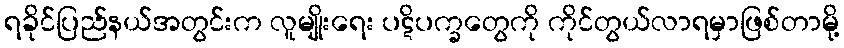
ရခိုင်ပြည်နယ်အတွင်းက လူမျိုးရေး ပဋိပက္ခတွေကို ကိုင်တွယ်လာရမှာဖြစ်တာမို့